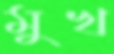
মুখ